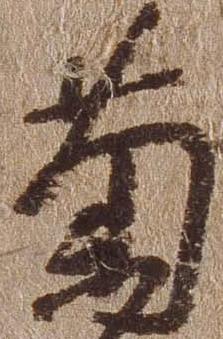
菊